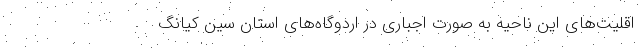
اقلیت‌های این ناحیه به صورت اجباری در اردوگاه‌های استان سین کیانگ